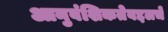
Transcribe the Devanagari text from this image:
आनुवंशिकतेबद्दलचे